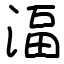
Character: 湢